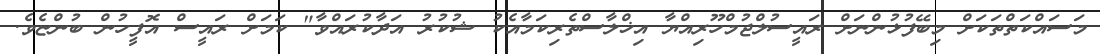
މަސައްކަތްތަކަށް މިބޭފުޅުންނަށް ރައީސުލްޖުމްހޫރިއްޔާ އިޚްލާސްތެރިކަމާއެކު ޝުކުރު އަދާކުރައްވާ" ކަމަށް ރައީސް އޮފީހުން ބުންޏެވެ.